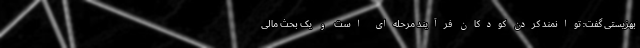
بهزیستی گفت: توانمند کردن کودکان فرآیند مرحله‌ای است و یک بحث مالی